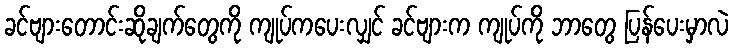
ခင်ဗျားတောင်းဆိုချက်တွေကို ကျုပ်ကပေးလျှင် ခင်ဗျားက ကျုပ်ကို ဘာတွေ ပြန်ပေးမှာလဲ